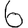
Digit: 6